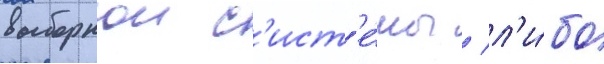
выборнои с'ист'е́мы / л'и́бо